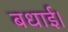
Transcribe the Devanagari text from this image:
बधाई।